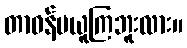
တာဝန်မယူကြဘူးလား။